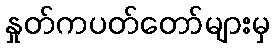
နှုတ်ကပတ်တော်များမှ